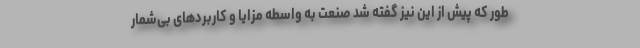
طور که پیش از این نیز گفته شد صنعت به واسطه مزایا و کاربردهای بی‌شمار